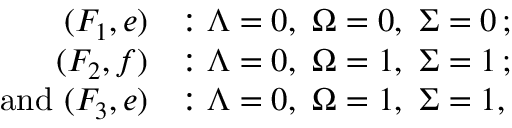
\begin{array} { r l } { ( F _ { 1 } , e ) } & { : \ensuremath { \Lambda } = 0 , \ \ensuremath { \Omega } = 0 , \ \ensuremath { \Sigma } = 0 \, ; } \\ { ( F _ { 2 } , f ) } & { : \ensuremath { \Lambda } = 0 , \ \ensuremath { \Omega } = 1 , \ \ensuremath { \Sigma } = 1 \, ; } \\ { \mathrm { a n d ~ } ( F _ { 3 } , e ) } & { : \ensuremath { \Lambda } = 0 , \ \ensuremath { \Omega } = 1 , \ \ensuremath { \Sigma } = 1 , } \end{array}